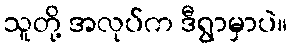
သူတို့ အလုပ်က ဒီရွာမှာပဲ။